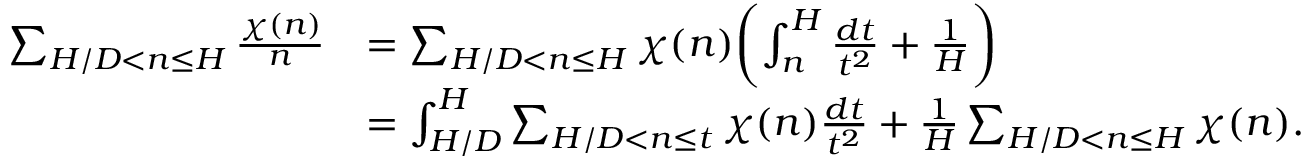
\begin{array} { r l } { \sum _ { H / D < n \le H } \frac { \chi ( n ) } { n } } & { = \sum _ { H / D < n \le H } \chi ( n ) \biggl ( \int _ { n } ^ { H } \frac { d t } { t ^ { 2 } } + \frac { 1 } { H } \biggr ) } \\ & { = \int _ { H / D } ^ { H } \sum _ { H / D < n \le t } \chi ( n ) \frac { d t } { t ^ { 2 } } + \frac { 1 } { H } \sum _ { H / D < n \le H } \chi ( n ) . } \end{array}